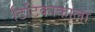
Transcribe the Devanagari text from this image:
टिटिकाकाला